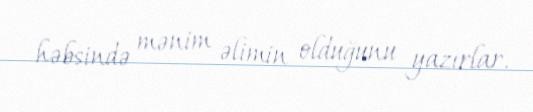
həbsində mənim əlimin olduğunu yazırlar.